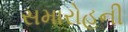
સમારોહની